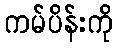
ကမ်ပိန်းကို